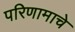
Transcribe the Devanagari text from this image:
परिणामाचे